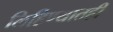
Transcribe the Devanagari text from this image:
लिहिण्यातही